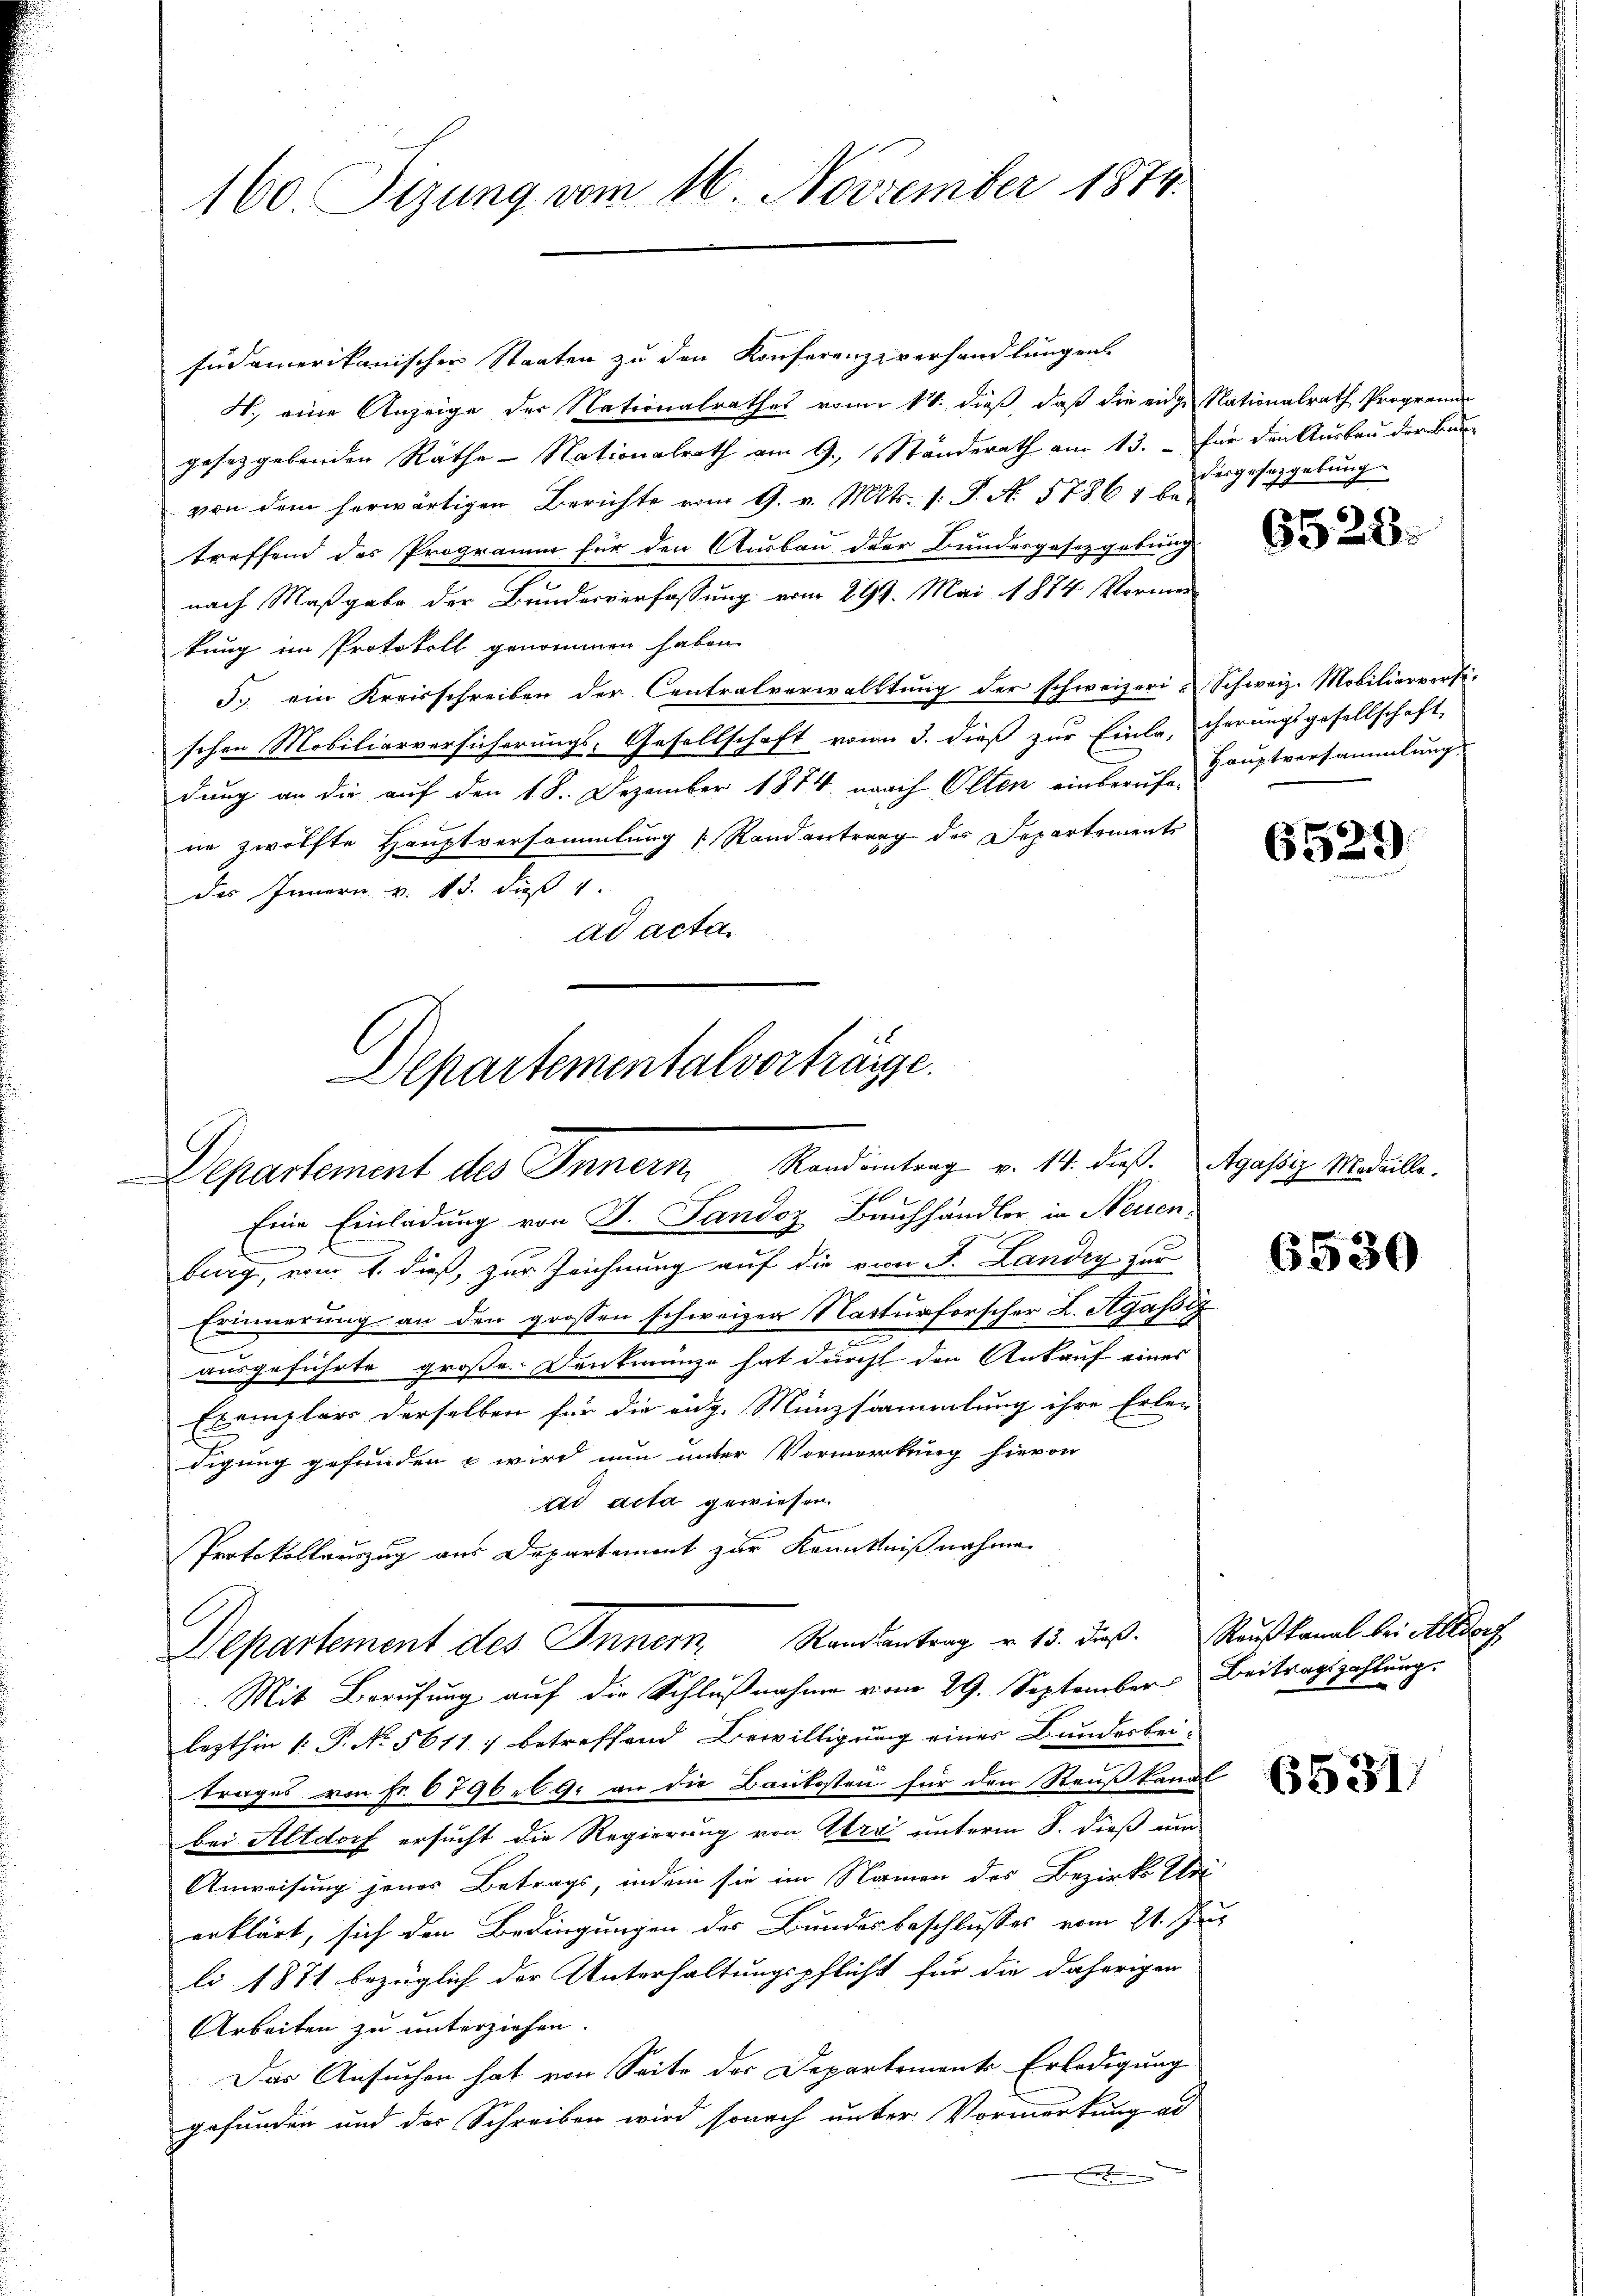
160. Sizung vom 16. November 1874.

Departement des Innern Randientrag v. 14. dieß gastig. Medaille.

sudamerikanischen Staaten zu den Konferenzzverhandlungen
H., eine Anzeige der Nationalrathes vom 1. dieß, daß die eidge Nationalrath Programe
gesetzgebenden Räthe - Nationalrath am 9. Ständerath am 13. – für den Ausbau der Bunvon dem herwärtigen Berichte vom 9. v. Mts. 1. P. Nr. 17864 betreffend des Programm für den Ausbau der Bundesgesetzgebung
nach Maßgabe der Bundesverfassung vom 299. Mai 1874 Vormeikung im Protokoll genommen haben
5. ein Kreisschreiben der Centralverwalttung der schweizeri-Schweiz. Mobiliarversi-
schen Mobiliarversicherungs-Gesellschaft von 3. dieß zur Einlacherungsgesellschaft
dung an die auf den 18. Dezember 1874. nach Olten einberufe-
ne zwölfte Hauptversammlung Randantrag der Departements
des Innern v. 15. dieß
ad acta.
Departementalvorträge.

Eine Einladung von G. Sandoz Bauchhändler in Neuenburg, vom 1. dieß, zur Zeichnung auf die von J. Landig zur
Erinnerung an den grossen schweizer Naturforscher L. Agassig
ausgeführte große Denkmünze hat durcht den Ankauf eines
Exemplar derselben für die eidg. Münzsaammlung ihre Erlen
digung gefunden – wird nun unter Vormerkung hievon
ad acta gewiesen
Protokollauszug aus Departement zur Kenntnißnahme
Departement des Inner, Randantrag v. 13. dieß. Rußkanal bei Altdorf
Mit Berufung auf die Schlußnahme vom 29. September Beitragszahlung.
lezthin 1 P. No. 5611; betreffend Bewilligung einer Bundesbei-
trages von Fr. 6796. 9. an die Baukosten für den Reußkanal
bei Altdorf ersucht die Regierung von Ibra unterm 8. dieß um
Anweisung jenes Betrags, indem sie im Namen des Bezirks Ede
erklärt, sich den Bedingungen des Bundesbeschlusses vom 21. Jur
li 1871 bezüglich der Unterhaltungspflicht für die daherigen
Arbeiten zu unterziehen.
Das Ansuchen hat von Seite der Departement Erledigung
gefunden und der Schreiben wird sonach unter Vormerkung ad

dergeseggelung.

Hauptversammlung

6528.

6529)

6530

6531